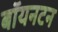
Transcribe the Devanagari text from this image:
बॉयनटन